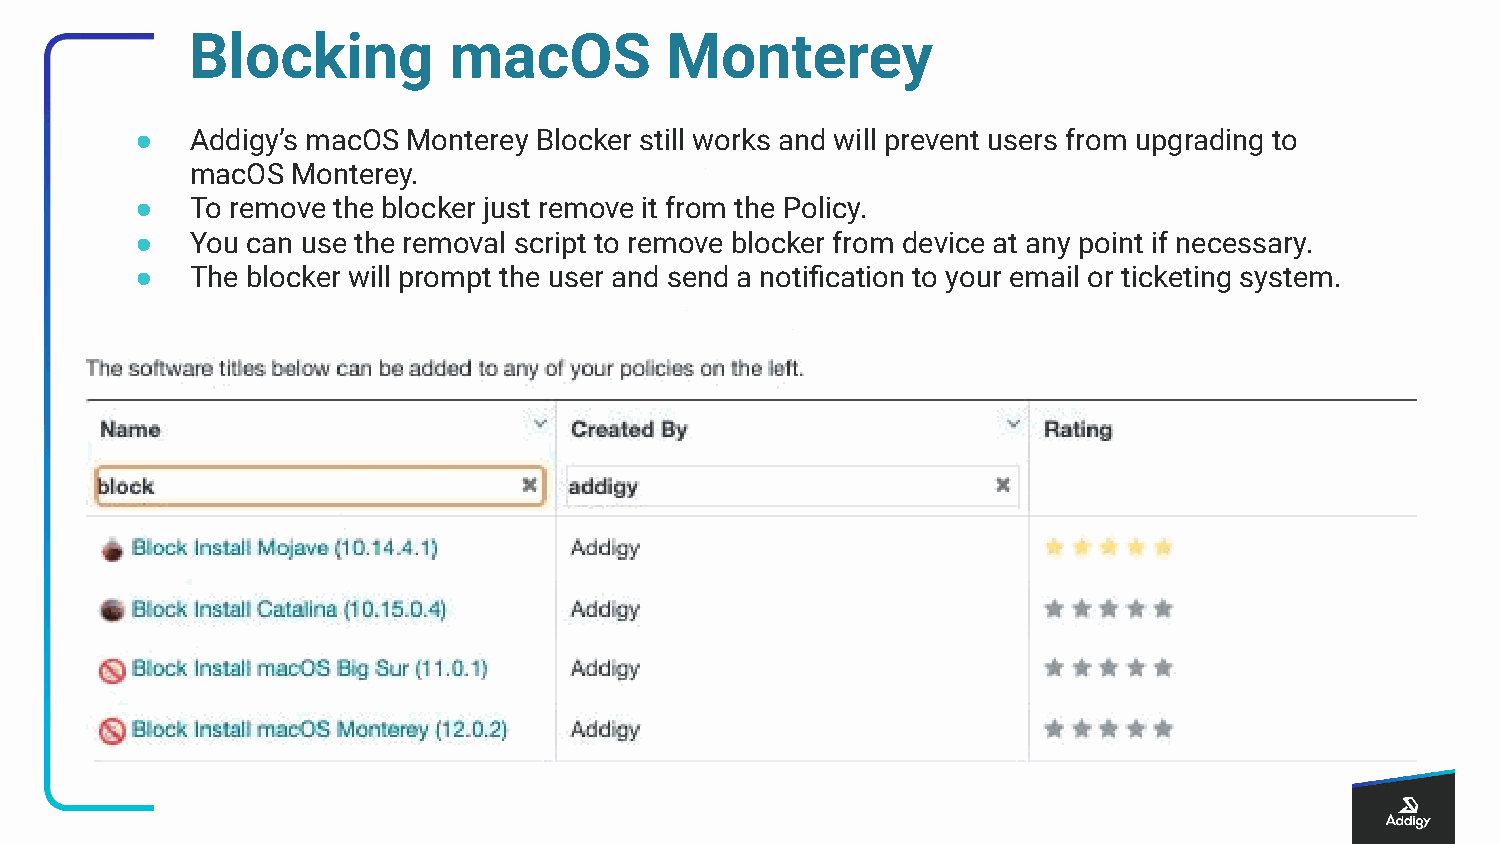
Blocking          macOS         Monterey
 ●   Addigy’s macOS Monterey Blocker still works and will prevent users from upgrading to
 macOS Monterey.
 ●   To remove the blocker just remove it from the Policy.
 ●   You can use the removal script to remove blocker from device at any point if necessary.
 ●   The blocker will prompt the user and send a notification to your email or ticketing system.